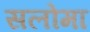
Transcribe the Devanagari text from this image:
सलोमा